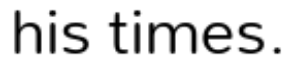
his times.